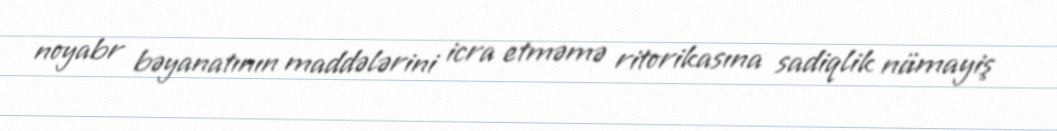
noyabr bəyanatının maddələrini icra etməmə ritorikasına sadiqlik nümayiş